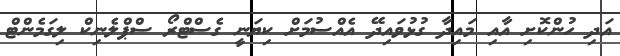
އަދި ހުންކޮށި އާއި މައިދާ ގުޅުވައިދޭ އެއްސުމަށް ކިޔަނީ ގެސްޓްރޯ ސްޕްލެނިކް ލިގަމެންޓް